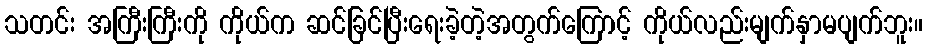
သတင်း အကြီးကြီးကို ကိုယ်က ဆင်ခြင်ပြီးရေးခဲ့တဲ့အတွက်ကြောင့် ကိုယ်လည်းမျက်နှာမပျက်ဘူး။